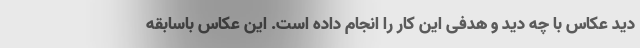
دید عکاس با چه دید و هدفی این کار را انجام داده است. این عکاس باسابقه